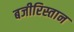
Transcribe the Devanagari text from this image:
बजीरिस्तान